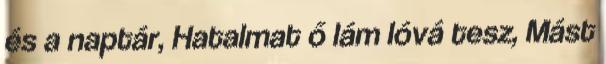
és a naptár, Hatalmat ő lám lóvá tesz, Mást